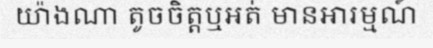
យ៉ាងណា តូចចិត្តឬអត់ មានអារម្មណ៍